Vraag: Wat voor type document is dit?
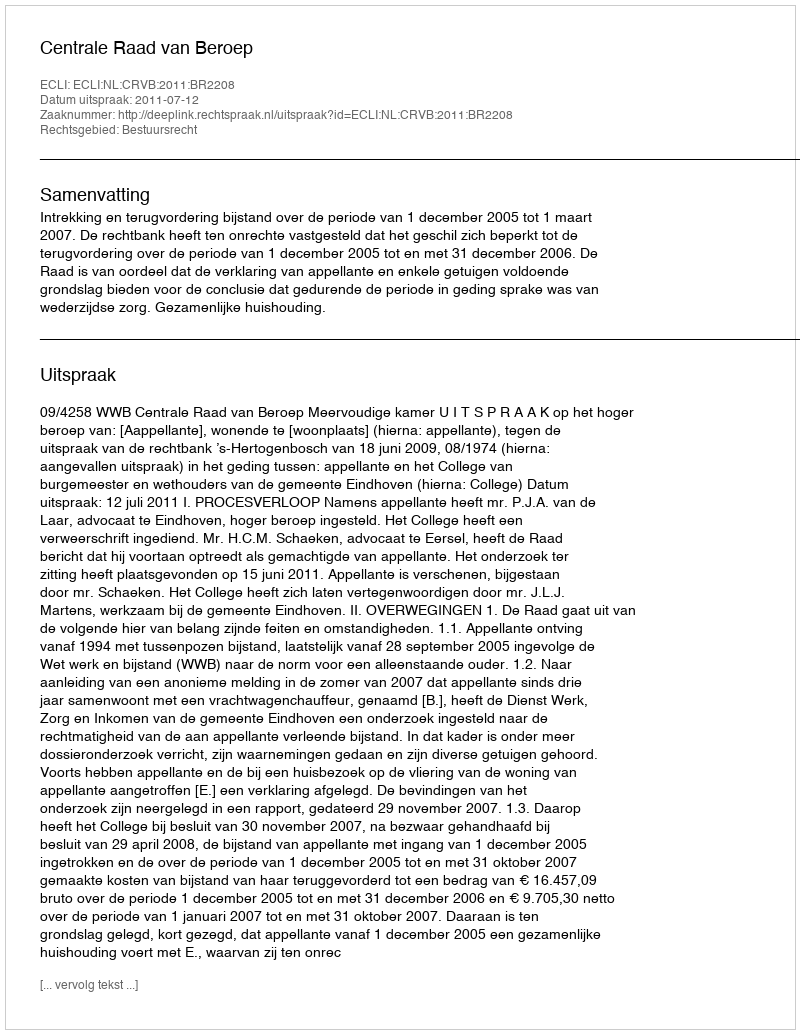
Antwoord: Uitspraak